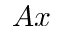
A x